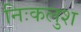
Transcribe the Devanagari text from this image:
निःकलुश